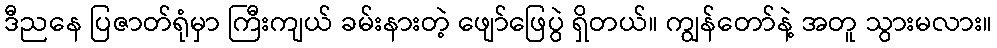
ဒီညနေ ပြဇာတ်ရုံမှာ ကြီးကျယ် ခမ်းနားတဲ့ ဖျော်ဖြေပွဲ ရှိတယ်။ ကျွန်တော်နဲ့ အတူ သွားမလား။